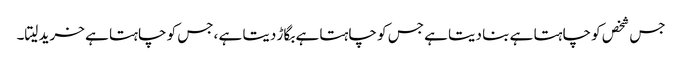
جس شخص کو چاہتا ہے بنا دیتا ہے جس کو چاہتا ہے بگاڑ دیتا ہے ،جس کو چاہتا ہے خرید لیتا۔